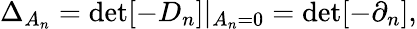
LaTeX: \Delta_{A_{n}}=\operatorname*{det}[-D_{n}]|_{A_{n}=0}=\operatorname*{det}[-\partial_{n}],